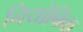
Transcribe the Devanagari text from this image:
नियोबिक